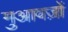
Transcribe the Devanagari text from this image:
मुआवज़ों